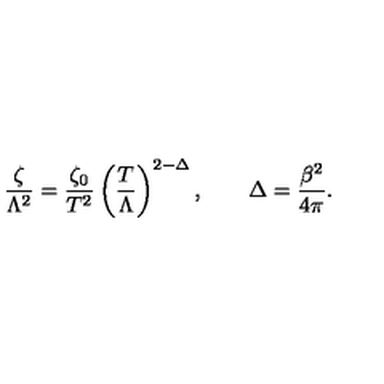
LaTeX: \frac \zeta { \Lambda ^ { 2 } } = \frac { \zeta _ { 0 } } { T ^ { 2 } } \left( \frac T \Lambda \right) ^ { 2 - \Delta } , \qquad \Delta = \frac { \beta ^ { 2 } } { 4 \pi } .